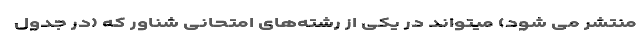
منتشر می شود) میتواند در یکی از رشته‌های امتحانی شناور که (در جدول